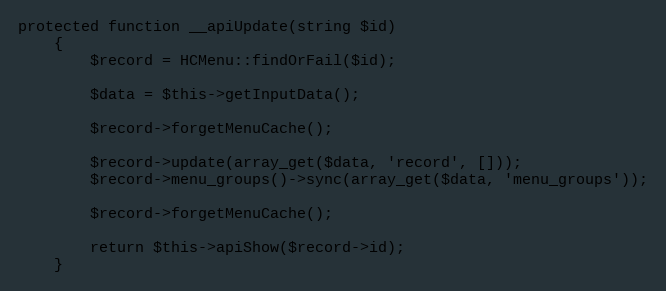
Language: PHP
protected function __apiUpdate(string $id)
    {
        $record = HCMenu::findOrFail($id);

        $data = $this->getInputData();

        $record->forgetMenuCache();

        $record->update(array_get($data, 'record', []));
        $record->menu_groups()->sync(array_get($data, 'menu_groups'));

        $record->forgetMenuCache();

        return $this->apiShow($record->id);
    }